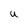
Character: U